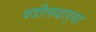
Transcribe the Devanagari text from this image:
वडीलधार्‍या